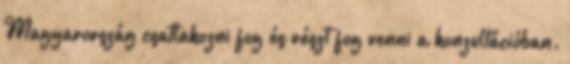
Magyarország csatlakozni fog és részt fog venni a konzultációban.